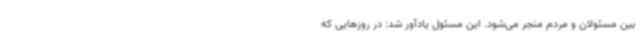
بین مسئولان و مردم منجر می‌شود. این مسئول یادآور شد: در روزهایی که